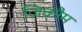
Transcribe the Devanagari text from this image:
ज़िकौम